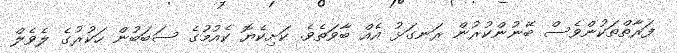
ފަރާތްތަކުންވެސް ބޭނުންކުރުން ރަނގަޅު އެއް ބާވަތެވެ. ކަށިކެޔޮ ކެއުމުގެ ސަބަބުން ހަކުރުގެ ލެވެލް